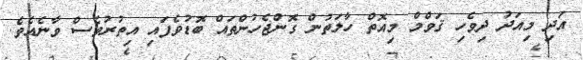
އަދި މިއަދު ދިވެހި ޤަވްމް މިއޮތް ހާލަތުން ގޮންޖެހުންތައް ބޮޑުވެފައި އިތުރުވެސް ވާނެއެވެ.